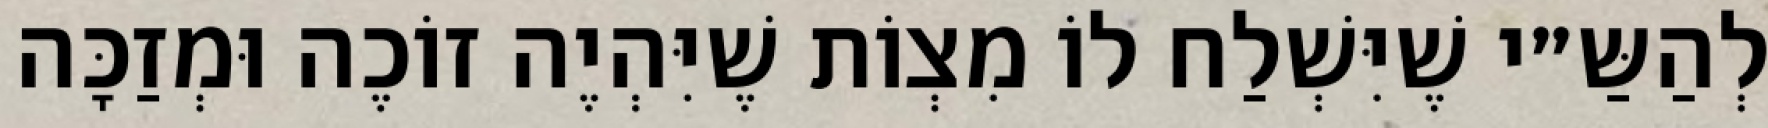
לְהַשַּ״י שֶׁיִּשְׁלַח לוֹ מִצְוֹת שֶׁיִּהְיֶה זוֹכֶה וּמְזַכָּה